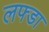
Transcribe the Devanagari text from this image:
लफ्डा